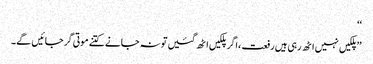
‘‘
’’پلکیں نہیں اٹھ رہی ہیں رفعت ،اگر پلکیں اٹھ گئیں تو نہ جانے کتنے موتی گر جائیں گے۔